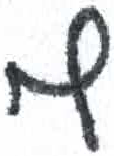
אות: ף